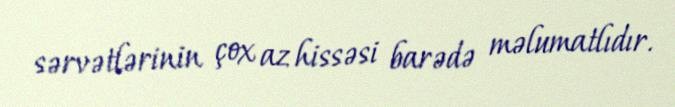
sərvətlərinin çox az hissəsi barədə məlumatlıdır.